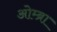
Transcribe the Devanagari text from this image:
ओम्ब्रा